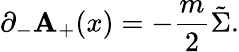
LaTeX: {\partial}_{-}\mathbf{A}_{+}(x)=-\frac{{m}}{{2}}\tilde{{\Sigma}}.